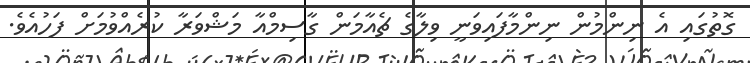
ގޮތުގައި އެ ނިންމުން ނިންމާފައިވަނީ ވިލާގެ ޗެއާމަން ގާސިމްއާ މަޝްވަރާ ކުރެއްވުމަށް ފަހުއެވެ.